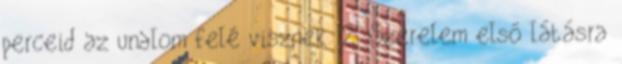
perceid az unalom felé visznek. 2. Szerelem első látásra